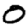
Digit: 0